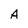
Character: A